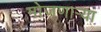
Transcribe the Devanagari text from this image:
मोजणार्‍या